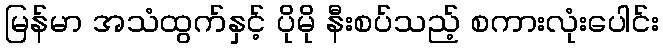
မြန်မာ အသံထွက်နှင့် ပိုမို နီးစပ်သည့် စကားလုံးပေါင်း